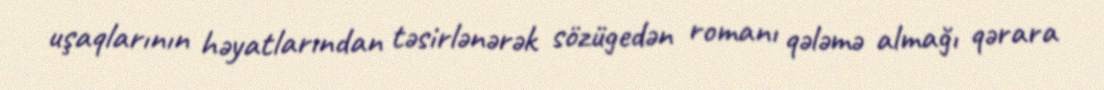
uşaqlarının həyatlarından təsirlənərək sözügedən romanı qələmə almağı qərara